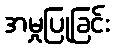
အမှုပြုခြင်း